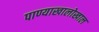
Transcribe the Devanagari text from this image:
पाण्याखालोखाल